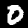
Label: 0